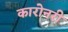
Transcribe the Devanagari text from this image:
कारोनरी